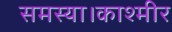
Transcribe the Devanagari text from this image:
समस्या।काश्मीर